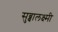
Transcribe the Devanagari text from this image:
सुब्बालक्ष्मी